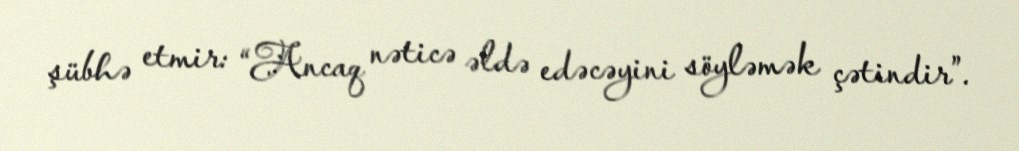
şübhə etmir: “Ancaq nəticə əldə edəcəyini söyləmək çətindir”.